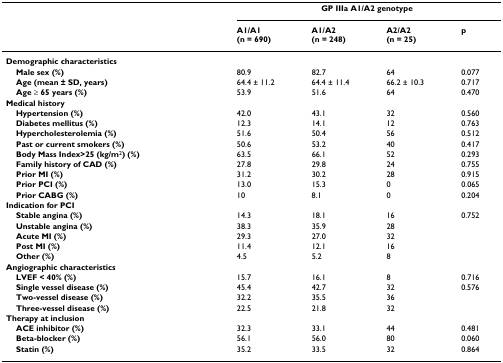
|  | <COLSPAN=4> GP IIIa A1/A2 genotype |
 |  | A1/A1(n = 690) | A1/A2(n = 248) | A2/A2(n = 25) | p |
 | --- | --- | --- | --- | --- |
 | Demographic characteristics |  |  |  |  |
 | Male sex (%) | 80.9 | 82.7 | 64 | 0.077 |
 | Age (mean ± SD, years) | 64.4 ± 11.2 | 64.4 ± 11.4 | 66.2 ± 10.3 | 0.717 |
 | Age ≥ 65 years (%) | 53.9 | 51.6 | 64 | 0.470 |
 | Medical history |  |  |  |  |
 | Hypertension (%) | 42.0 | 43.1 | 32 | 0.560 |
 | Diabetes mellitus (%) | 12.3 | 14.1 | 12 | 0.763 |
 | Hypercholesterolemia (%) | 51.6 | 50.4 | 56 | 0.512 |
 | Past or current smokers (%) | 50.6 | 53.2 | 40 | 0.417 |
 | Body Mass Index>25 (kg/m2) (%) | 63.5 | 66.1 | 52 | 0.293 |
 | Family history of CAD (%) | 27.8 | 29.8 | 24 | 0.755 |
 | Prior MI (%) | 31.2 | 30.2 | 28 | 0.915 |
 | Prior PCI (%) | 13.0 | 15.3 | 0 | 0.065 |
 | Prior CABG (%) | 10 | 8.1 | 0 | 0.204 |
 | Indication for PCI |  |  |  |  |
 | Stable angina (%) | 14.3 | 18.1 | 16 | 0.752 |
 | Unstable angina (%) | 38.3 | 35.9 | 28 |  |
 | Acute MI (%) | 29.3 | 27.0 | 32 |  |
 | Post MI (%) | 11.4 | 12.1 | 16 |  |
 | Other (%) | 4.5 | 5.2 | 8 |  |
 | Angiographic characteristics |  |  |  |  |
 | LVEF < 40% (%) | 15.7 | 16.1 | 8 | 0.716 |
 | Single vessel disease (%) | 45.4 | 42.7 | 32 | 0.576 |
 | Two-vessel disease (%) | 32.2 | 35.5 | 36 |  |
 | Three-vessel disease (%) | 22.5 | 21.8 | 32 |  |
 | Therapy at inclusion |  |  |  |  |
 | ACE inhibitor (%) | 32.3 | 33.1 | 44 | 0.481 |
 | Beta-blocker (%) | 56.1 | 56.0 | 80 | 0.060 |
 | Statin (%) | 35.2 | 33.5 | 32 | 0.864 |